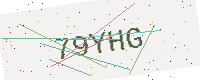
Text: 79YHG